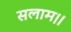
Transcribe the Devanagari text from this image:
सलाम।।